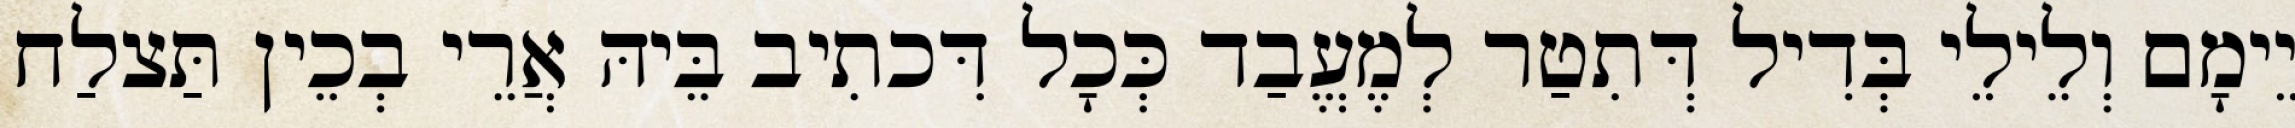
יֵימָם וְלֵילֵי בְּדִיל דְּתִטַר לְמֶעֱבַד כְּכָל דִּכתִיב בֵּיהּ אֲרֵי בְכֵין תַּצלַח